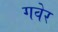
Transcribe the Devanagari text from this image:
गवेर